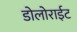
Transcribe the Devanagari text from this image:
डोलोराईट